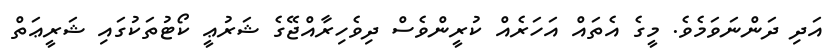
އަދި ދަންނަވަމެވެ. މީގެ އެތައް އަހަރެއް ކުރީންވެސް ދިވެހިރާއްޖޭގެ ޝަރުޢީ ކޯޓުތަކުގައި ޝަރީޢަތް